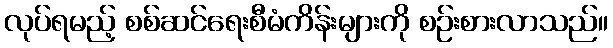
လုပ်ရမည့် စစ်ဆင်ရေးစီမံကိန်းများကို စဉ်းစားလာသည်။